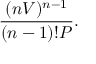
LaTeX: { \frac { ( n V ) ^ { n - 1 } } { ( n - 1 ) ! P } } .